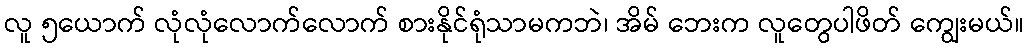
လူ ၅ယောက် လုံလုံလောက်လောက် စားနိုင်ရုံသာမကဘဲ၊ အိမ် ဘေးက လူတွေပါဖိတ် ကျွေးမယ်။